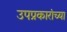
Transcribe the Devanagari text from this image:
उपप्रकारांच्या